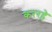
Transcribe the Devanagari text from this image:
कररहे